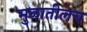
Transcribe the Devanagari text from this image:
मुळातीलच